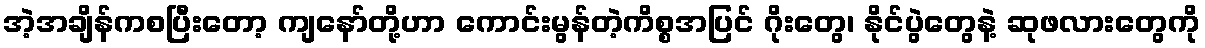
အဲ့အချိန်ကစပြီးတော့ ကျနော်တို့ဟာ ကောင်းမွန်တဲ့ကိစ္စအပြင် ဂိုးတွေ၊ နိုင်ပွဲတွေနဲ့ ဆုဖလားတွေကို